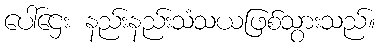
ပေါ်ဌေး နည်းနည်းသံသယဖြစ်သွားသည်။